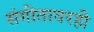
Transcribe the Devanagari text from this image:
संगीतावरही